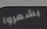
يشعروا